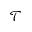
\mathcal T